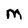
Character: M